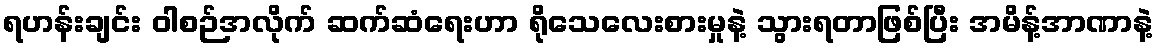
ရဟန်းချင်း ဝါစဉ်အလိုက် ဆက်ဆံရေးဟာ ရိုသေလေးစားမှုနဲ့ သွားရတာဖြစ်ပြီး အမိန့်အာဏာနဲ့